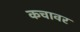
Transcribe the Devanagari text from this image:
कचावर